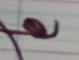
Signature authenticity: forged